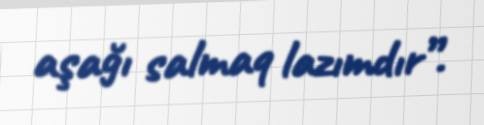
aşağı salmaq lazımdır”.